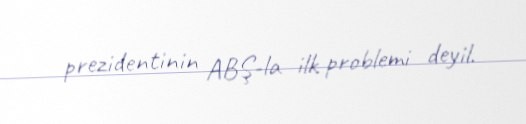
prezidentinin ABŞ-la ilk problemi deyil.